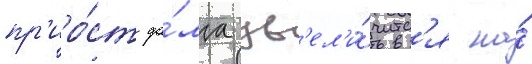
пр'иро́ст до́лга ув'ел'и́читс'я на́